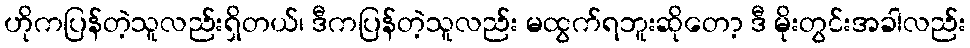
ဟိုကပြန်တဲ့သူလည်းရှိတယ်၊ ဒီကပြန်တဲ့သူလည်း မထွက်ရဘူးဆိုတော့ ဒီ မိုးတွင်းအခါလည်း